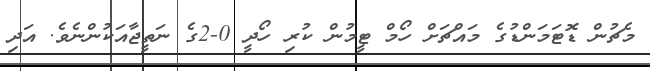
މެޗުން ޑޮޓަމަންޑުގެ މައްޗަށް ހޯމް ޓީމުން ކުރި ހޯދީ 0-2ގެ ނަތީޖާއަކުންނެވެ. އަދި